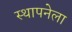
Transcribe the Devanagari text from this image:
स्‍थापनेला